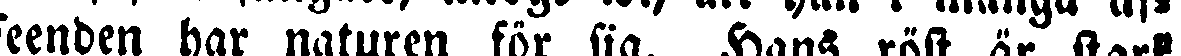
seenden har naturen för sig. Hans röst är stark